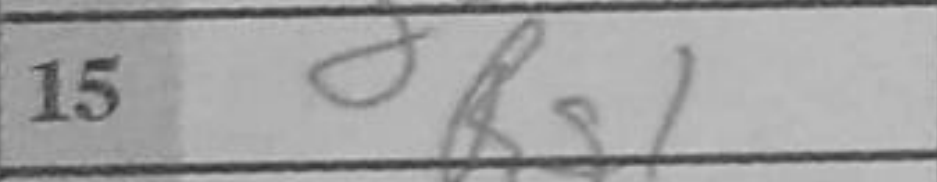
Transcription: Rg1